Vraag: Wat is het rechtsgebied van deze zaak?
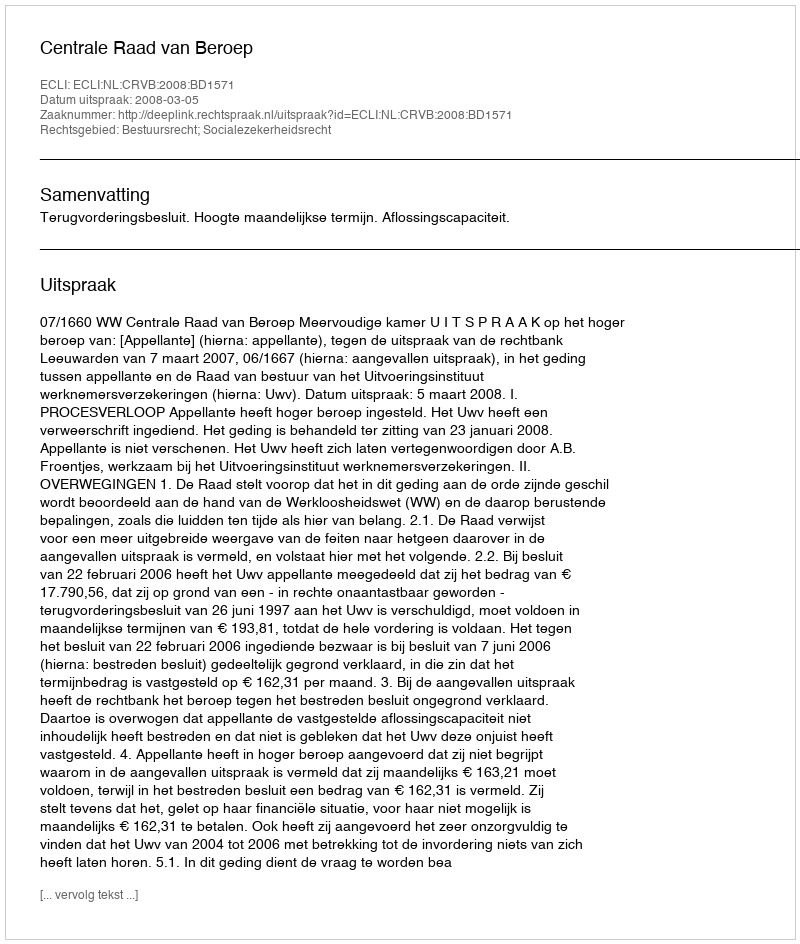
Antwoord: Bestuursrecht; Socialezekerheidsrecht